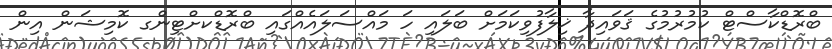
ބްރޮޑްކާސްޓް ކުމުރުމުގެ ޤަވައިދާ ޚިލާފުވިކަމަށް ބަލައި ހަ މައްސަލައެއްގައި ބްރޮޑްކށްޓިންގ ކޮމިޝަން އިން